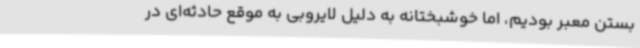
بستن معبر بودیم، اما خوشبختانه به دلیل لایروبی به موقع حادثه‌ای در